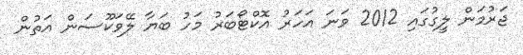
ޖަރުމަން ލީގުގައި 2012 ވަނަ އަހަރު އޮކްޓޯބަރު މަހު ބަޔާ ލޭވަކޫސަން އަތުން